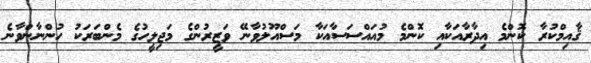
ޤާއިމްކުރާ ކޮންމެ އިދާރާއަކާއި ކޮންމެ މުއައްސަސާއަކާ މަސްއޫލުވާނޭ ވަޒީރުންގެ މަޖިލީހުގެ މެންބަރަކު ހުންނާންވާނެ